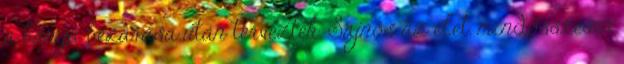
a bánya bezárása után tervezték. Sajnos az élet, mindösszesen